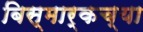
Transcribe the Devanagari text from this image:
बिस्मार्कच्या